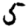
Digit: 5